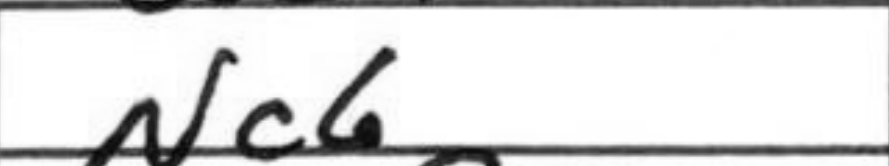
Transcription: Nc6